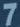
7